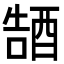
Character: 𮠭